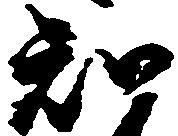
知